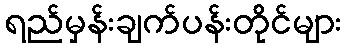
ရည်မှန်းချက်ပန်းတိုင်များ